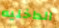
الداخليه